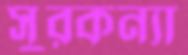
সুরকন্যা